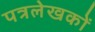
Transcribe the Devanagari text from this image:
पत्रलेखकों